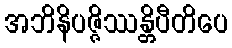
အဘိနိပဇ္ဇိဿန္တိပီတိပေ